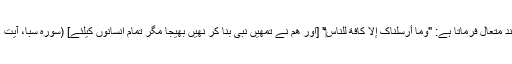
خداوند متعال فرماتا ہے: "وَما أَرْسَلْناکَ إِلاَّ کَافَّةً لِلنَّاس‏" [اور ھم نے تمھیں نبی بنا کر نھیں بھیجا مگر تمام انسانوں کیلئے] (سورہ سبا، آیت 28)۔